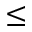
\leq